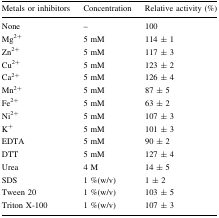
<table><thead><tr><td><b>Metals or inhibitors</b></td><td><b>Concentration</b></td><td><b>Relative activity (%)</b></td></tr></thead><tbody><tr><td>None</td><td>–</td><td>100</td></tr><tr><td>Mg<sup>2+</sup></td><td>5 mM</td><td>114 ± 1</td></tr><tr><td>Zn<sup>2+</sup></td><td>5 mM</td><td>117 ± 3</td></tr><tr><td>Cu<sup>2+</sup></td><td>5 mM</td><td>123 ± 2</td></tr><tr><td>Ca<sup>2+</sup></td><td>5 mM</td><td>126 ± 4</td></tr><tr><td>Mn<sup>2+</sup></td><td>5 mM</td><td>87 ± 5</td></tr><tr><td>Fe<sup>2+</sup></td><td>5 mM</td><td>63 ± 2</td></tr><tr><td>Ni<sup>2+</sup></td><td>5 mM</td><td>107 ± 3</td></tr><tr><td>K<sup>+</sup></td><td>5 mM</td><td>101 ± 3</td></tr><tr><td>EDTA</td><td>5 mM</td><td>90 ± 2</td></tr><tr><td>DTT</td><td>5 mM</td><td>127 ± 4</td></tr><tr><td>Urea</td><td>4 M</td><td>14 ± 5</td></tr><tr><td>SDS</td><td>1 %(w/v)</td><td>1 ± 2</td></tr><tr><td>Tween 20</td><td>1 %(w/v)</td><td>103 ± 5</td></tr><tr><td>Triton X-100</td><td>1 %(w/v)</td><td>107 ± 3</td></tr></tbody></table>